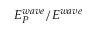
E _ { P } ^ { w a v e } / E ^ { w a v e }